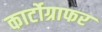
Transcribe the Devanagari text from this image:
कार्टोग्राफर